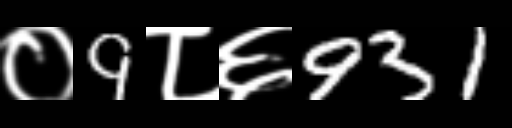
Text: ०9८६931